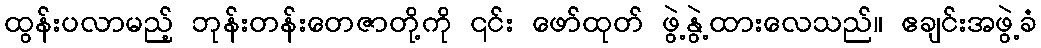
ထွန်းပလာမည့် ဘုန်းတန်းတေဇာတို့ကို ၎င်း ဖော်ထုတ် ဖွဲ့နွဲ့ထားလေသည်။ ဧချင်းအဖွဲ့ခံ